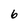
Character: 6